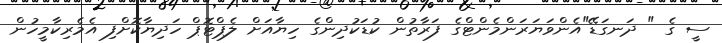
ސީ ގެ " ދަނގަޑޭ"އެންވަޔަރަންމެންޓްގެ ފަރާތުން ކުޑަކުދިންގެ ހިޔާއަށް ލެޕްޓޮޕް ހަދިޔާކޮށްފި އެމެރިކާމީހުން